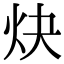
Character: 炔